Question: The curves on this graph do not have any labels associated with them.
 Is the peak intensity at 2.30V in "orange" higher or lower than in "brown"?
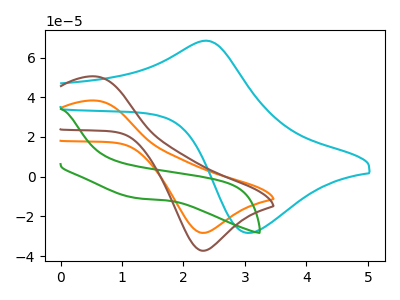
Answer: <think>The orange curve "orange" has an anodic peak at (0.60V, 38.30uA) and a cathodic peak at (2.30V, -28.30uA). The cyan curve "cyan" has an anodic peak at (2.35V, 68.45uA) and a cathodic peak at (3.05V, -28.30uA). The green curve "green" has no peaks. The brown curve "brown" has an anodic peak at (0.60V, 50.45uA) and a cathodic peak at (2.30V, -37.25uA).</think>
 <answer>The peak at 2.30V is lower in "orange" than in "brown".</answer>
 <eval>lower</eval>